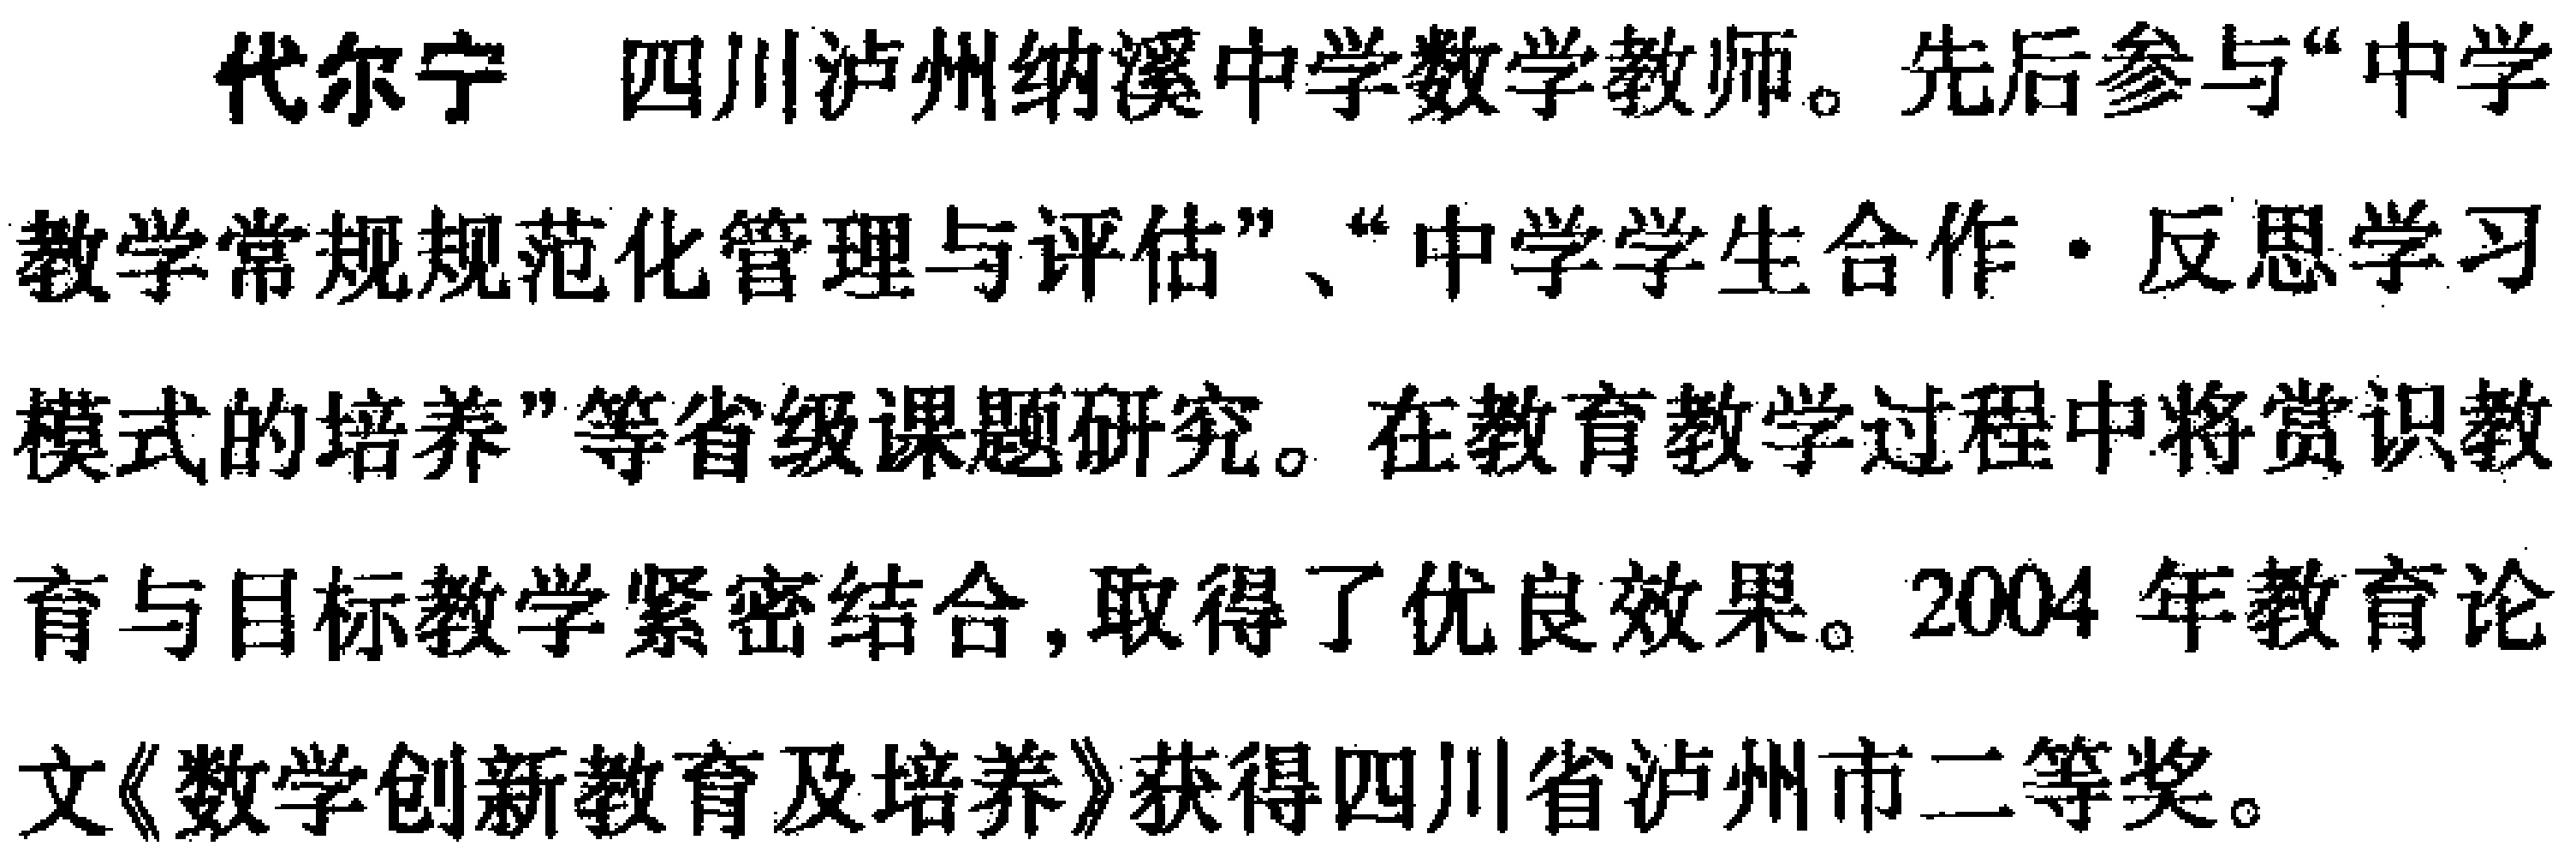
代尔宁 四川泸州纳溪中学数学教师。先后参与“中学

教学常规规范化管理与评估”、“中学学生合作·反思学习

模式的培养”等省级课题研究。在教育教学过程中将赏识教

育与目标教学紧密结合,取得了优良效果。2004 年教育论

文《数学创新教育及培养》获得四川省泸州市二等奖。